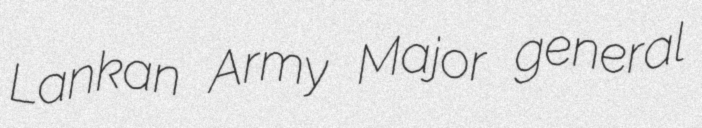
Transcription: Lankan Army Major general